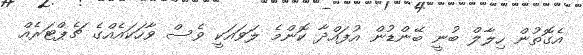
އެގޮތުން ހިލާލް ބުނީ ބޭންޑުން އުފައްދާ ކޮންމެ ލަވަައަކީ ވެސް ވާހަކައެއްގެ ޗެޕްޓަރެއް